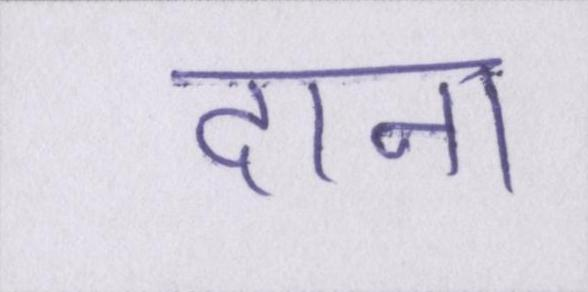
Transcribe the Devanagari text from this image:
दाना